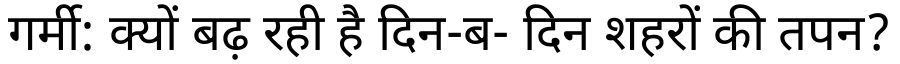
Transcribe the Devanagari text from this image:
गर्मी: क्यों बढ़ रही है दिन-ब- दिन शहरों की तपन?